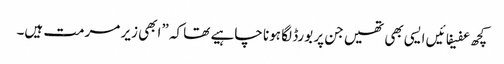
کچھ عفیفائیں ایسی بھی تھیں جن پر بورڈ لگا ہونا چاہیے تھا کہ ”ابھی زیر مرمت ہیں۔